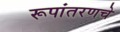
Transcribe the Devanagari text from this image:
रूपांतरणचे